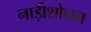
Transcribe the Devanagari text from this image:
नाड़ीशोधन